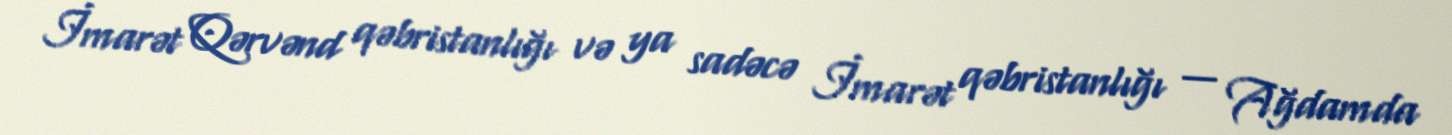
İmarət Qərvənd qəbristanlığı və ya sadəcə İmarət qəbristanlığı — Ağdamda